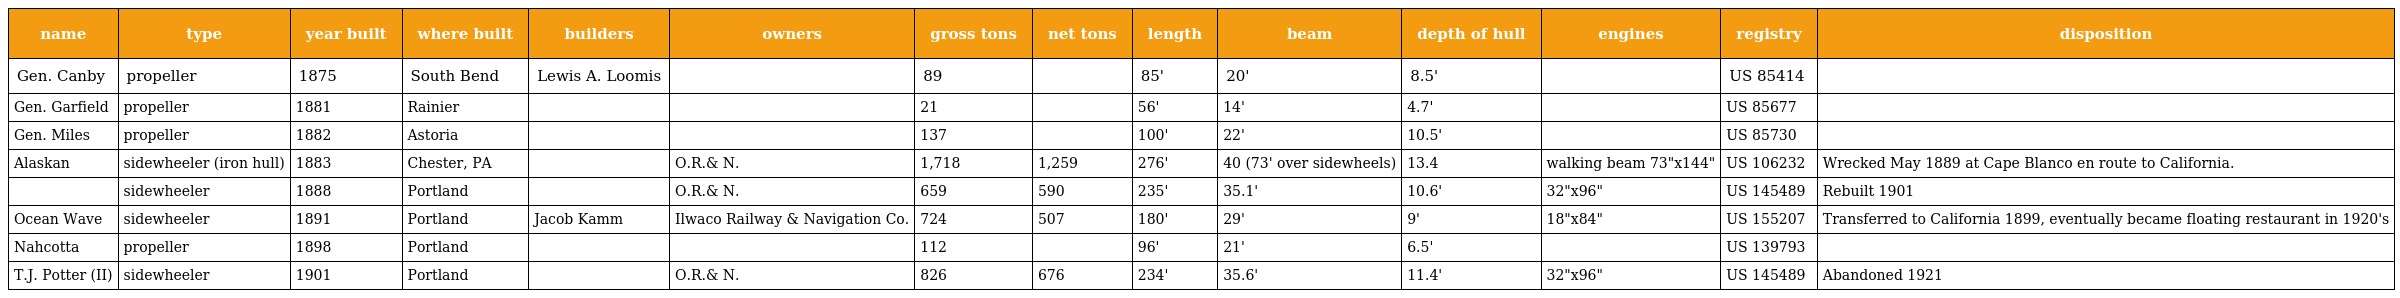
| name | type | year built | where built | builders | owners | gross tons | net tons | length | beam | depth of hull | engines | registry | disposition |
 | --- | --- | --- | --- | --- | --- | --- | --- | --- | --- | --- | --- | --- | --- |
 | Gen. Canby | propeller | 1875 | South Bend | Lewis A. Loomis |  | 89 |  | 85' | 20' | 8.5' |  | US 85414 |  |
 | Gen. Garfield | propeller | 1881 | Rainier |  |  | 21 |  | 56' | 14' | 4.7' |  | US 85677 |  |
 | Gen. Miles | propeller | 1882 | Astoria |  |  | 137 |  | 100' | 22' | 10.5' |  | US 85730 |  |
 | Alaskan | sidewheeler (iron hull) | 1883 | Chester, PA |  | O.R.& N. | 1,718 | 1,259 | 276' | 40 (73' over sidewheels) | 13.4 | walking beam 73"x144" | US 106232 | Wrecked May 1889 at Cape Blanco en route to California. |
 |  | sidewheeler | 1888 | Portland |  | O.R.& N. | 659 | 590 | 235' | 35.1' | 10.6' | 32"x96" | US 145489 | Rebuilt 1901 |
 | Ocean Wave | sidewheeler | 1891 | Portland | Jacob Kamm | Ilwaco Railway & Navigation Co. | 724 | 507 | 180' | 29' | 9' | 18"x84" | US 155207 | Transferred to California 1899, eventually became floating restaurant in 1920's |
 | Nahcotta | propeller | 1898 | Portland |  |  | 112 |  | 96' | 21' | 6.5' |  | US 139793 |  |
 | T.J. Potter (II) | sidewheeler | 1901 | Portland |  | O.R.& N. | 826 | 676 | 234' | 35.6' | 11.4' | 32"x96" | US 145489 | Abandoned 1921 |